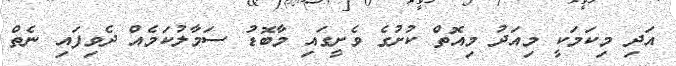
އަދި މިކަމަކީ މިއަދު މިއޮތް ކުށުގެ ވެށީގައި މާބޮޑު ސަމާލުކަމެއް ދެވިފައި ނެތް